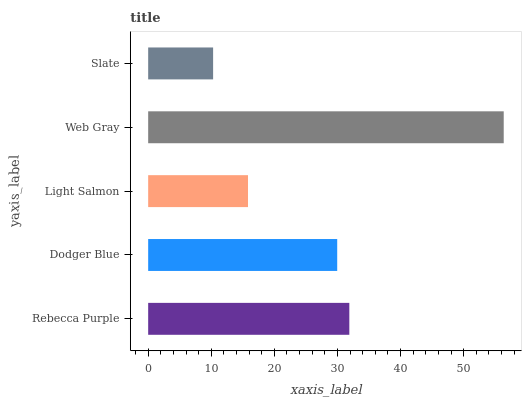
| yaxis_label | bars |
 | --- | --- |
 | Rebecca Purple | 31.9 |
 | Dodger Blue | 30 |
 | Light Salmon | 15.8 |
 | Web Gray | 56.4 |
 | Slate | 10.3 |